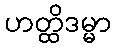
ဟတ္ထိဒမ္မာ